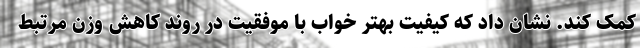
کمک کند. نشان داد که کیفیت بهتر خواب با موفقیت در روند کاهش وزن مرتبط